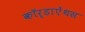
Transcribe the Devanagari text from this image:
कॉर्डाऐंथस